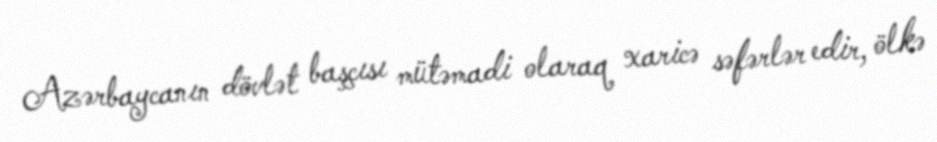
Azərbaycanın dövlət başçısı mütəmadi olaraq xaricə səfərlər edir, ölkə